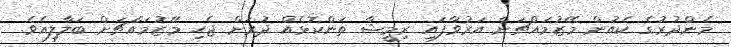
މެންދުރުގެ ކެއުން މޭޒުމައްޗަށް އަރުވާފައި ރިމީޝާ ތަންކޮޅެއް ދުރަށް ޖެހި މޭޒުމައްޗަށް ބަލާލިއެވެ.